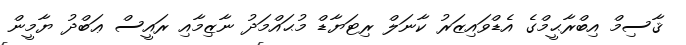
ޤާސިމް އިބްރާޙީމްގެ އެޑްވައިޒަރު ކާނަލް ރިޓަޔާޑް މުޙައްމަދު ނާޒިމާއި ރައީސް ޢަބްދު ޔާމީން